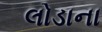
લોડાના